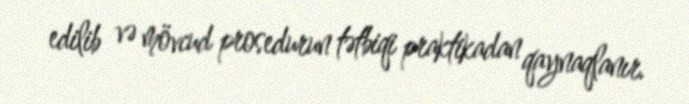
edilib və mövcud prosedurun tətbiqi praktikadan qaynaqlanır.